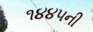
૧૪૪૫ની